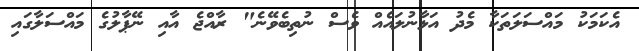
އެކަމަކު މައްސަލަތަކާ މެދު އަޅާނުލައެއް ވެސް ނުތިބެވޭނެ" ރާއްޖެ އާއި ނޭޕާލުގެ މައްސަލާގައި